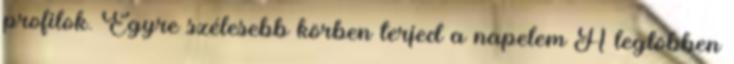
profilok. Egyre szélesebb körben terjed a napelem A legtöbben